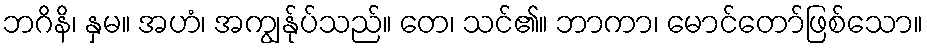
ဘဂိနိ၊ နှမ။ အဟံ၊ အကျွန်ုပ်သည်။ တေ၊ သင်၏။ ဘာကာ၊ မောင်တော်ဖြစ်သော။